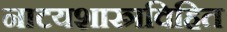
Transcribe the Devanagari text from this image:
नाटयशास्त्रविहित